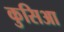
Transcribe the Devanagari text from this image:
कुसिआ